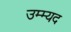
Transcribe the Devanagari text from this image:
उम्म्यद